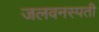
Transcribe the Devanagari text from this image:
जलवनस्पती